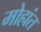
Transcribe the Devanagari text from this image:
मोहांत